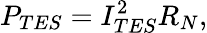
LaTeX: P_{TES}=I_{TES}^{2}R_{N},